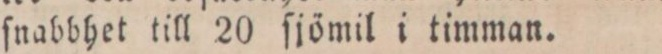
ſnabbhet till 20 ſjömil i timman.